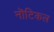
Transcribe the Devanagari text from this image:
नॊटिकल